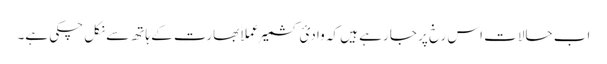
اب حالات اس رخ پر جا رہے ہیں کہ وادیٔ کشمیر عملاََ بھارت کے ہاتھ سے نکل چکی ہے۔